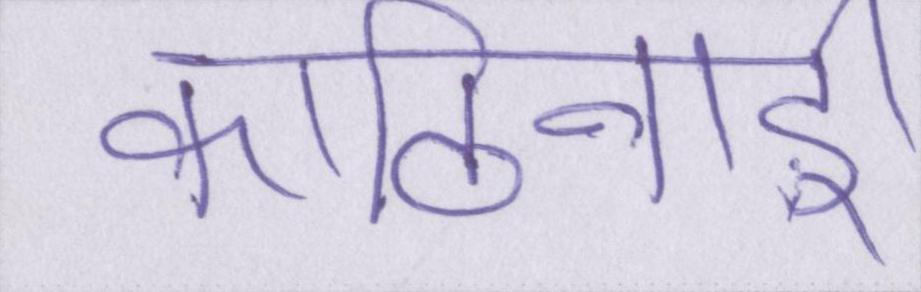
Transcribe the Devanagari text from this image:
कठिनाई